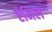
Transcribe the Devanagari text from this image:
ऐनिल